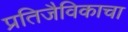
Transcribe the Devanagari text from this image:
प्रतिजैविकाचा